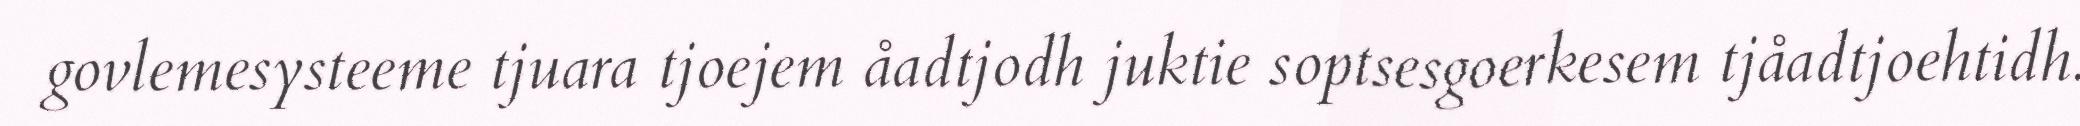
govlemesysteeme tjuara tjoejem åadtjodh juktie soptsesgoerkesem tjåadtjoehtidh.